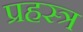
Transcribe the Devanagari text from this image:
प्रहस्त्र